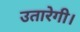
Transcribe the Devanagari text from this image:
उतारेगी।